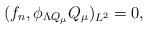
LaTeX: \begin{align*}(f_n,\phi_{\Lambda Q_{\mu}}Q_{\mu})_{L^2}=0,\end{align*}